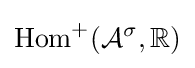
\operatorname {Hom} ^{+}({\mathcal {A}}^{\sigma },\mathbb {R} )